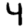
Digit: 4